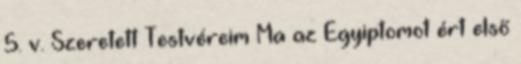
5. v. Szeretett Testvéreim Ma az Egyiptomot ért első